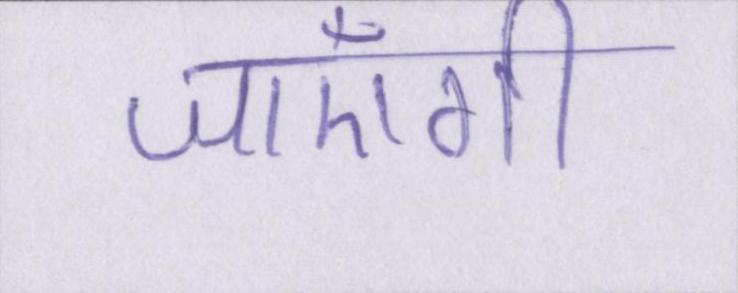
जाएँगी